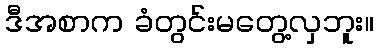
ဒီအစာက ခံတွင်းမတွေ့လှဘူး။